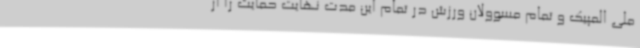
ملی المپیک و تمام مسوولان ورزش در تمام این مدت نهایت حمایت را از